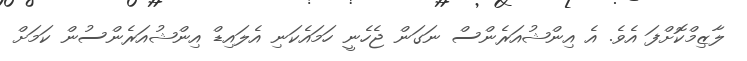
ލާޒިމްކޮށްފަ އެވެ. އެ އިންޝުއަރެންސް ނަގަން ޖެހެނީ ހަމައެކަނި އެލައިޑް އިންޝުއަރެންސުން ކަމަށް